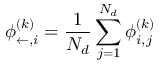
{ \boldsymbol { \phi } _ { \leftarrow , i } ^ { ( k ) } = \frac { 1 } { N _ { d } } \sum _ { j = 1 } ^ { N _ { d } } \boldsymbol { \phi } _ { i , j } ^ { ( k ) } }